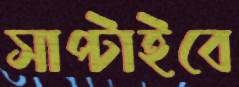
সাপ্‌টাইবে